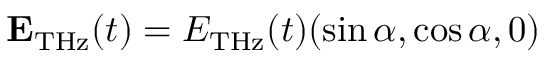
\mathbf { E } _ { \mathrm { T H z } } ( t ) = E _ { \mathrm { T H z } } ( t ) ( \sin \alpha , \cos \alpha , 0 )